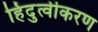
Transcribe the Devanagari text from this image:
हिंदुत्वीकरण